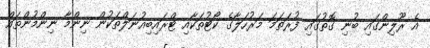
އެ ރޫލިންގައި ބުނި ގޮތުގައި ފުރަތަމަ މަރުހަލާގެ ކޯޓުތަކާއި ޓްރައިބިއުނަލްތަކުން ނިންމާ ނިންމުންތައް